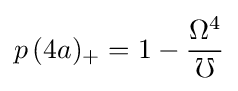
p\,{(4a)_{+}}=1-{\frac {{\Omega }^{4}}{\mho }}